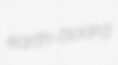
earth-board